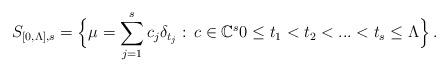
LaTeX: \begin{align*}S_{[0,\Lambda],s}=\Bigl\{&\mu=\sum_{j=1}^{s}c_{j}\delta_{t_{j}}:\, c \in \mathbb{C}^s 0\leq t_{1}<t_{2}<...<t_{s}\leq\Lambda\Bigr\} \, .\end{align*}